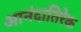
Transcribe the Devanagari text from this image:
आनंदातिरेक